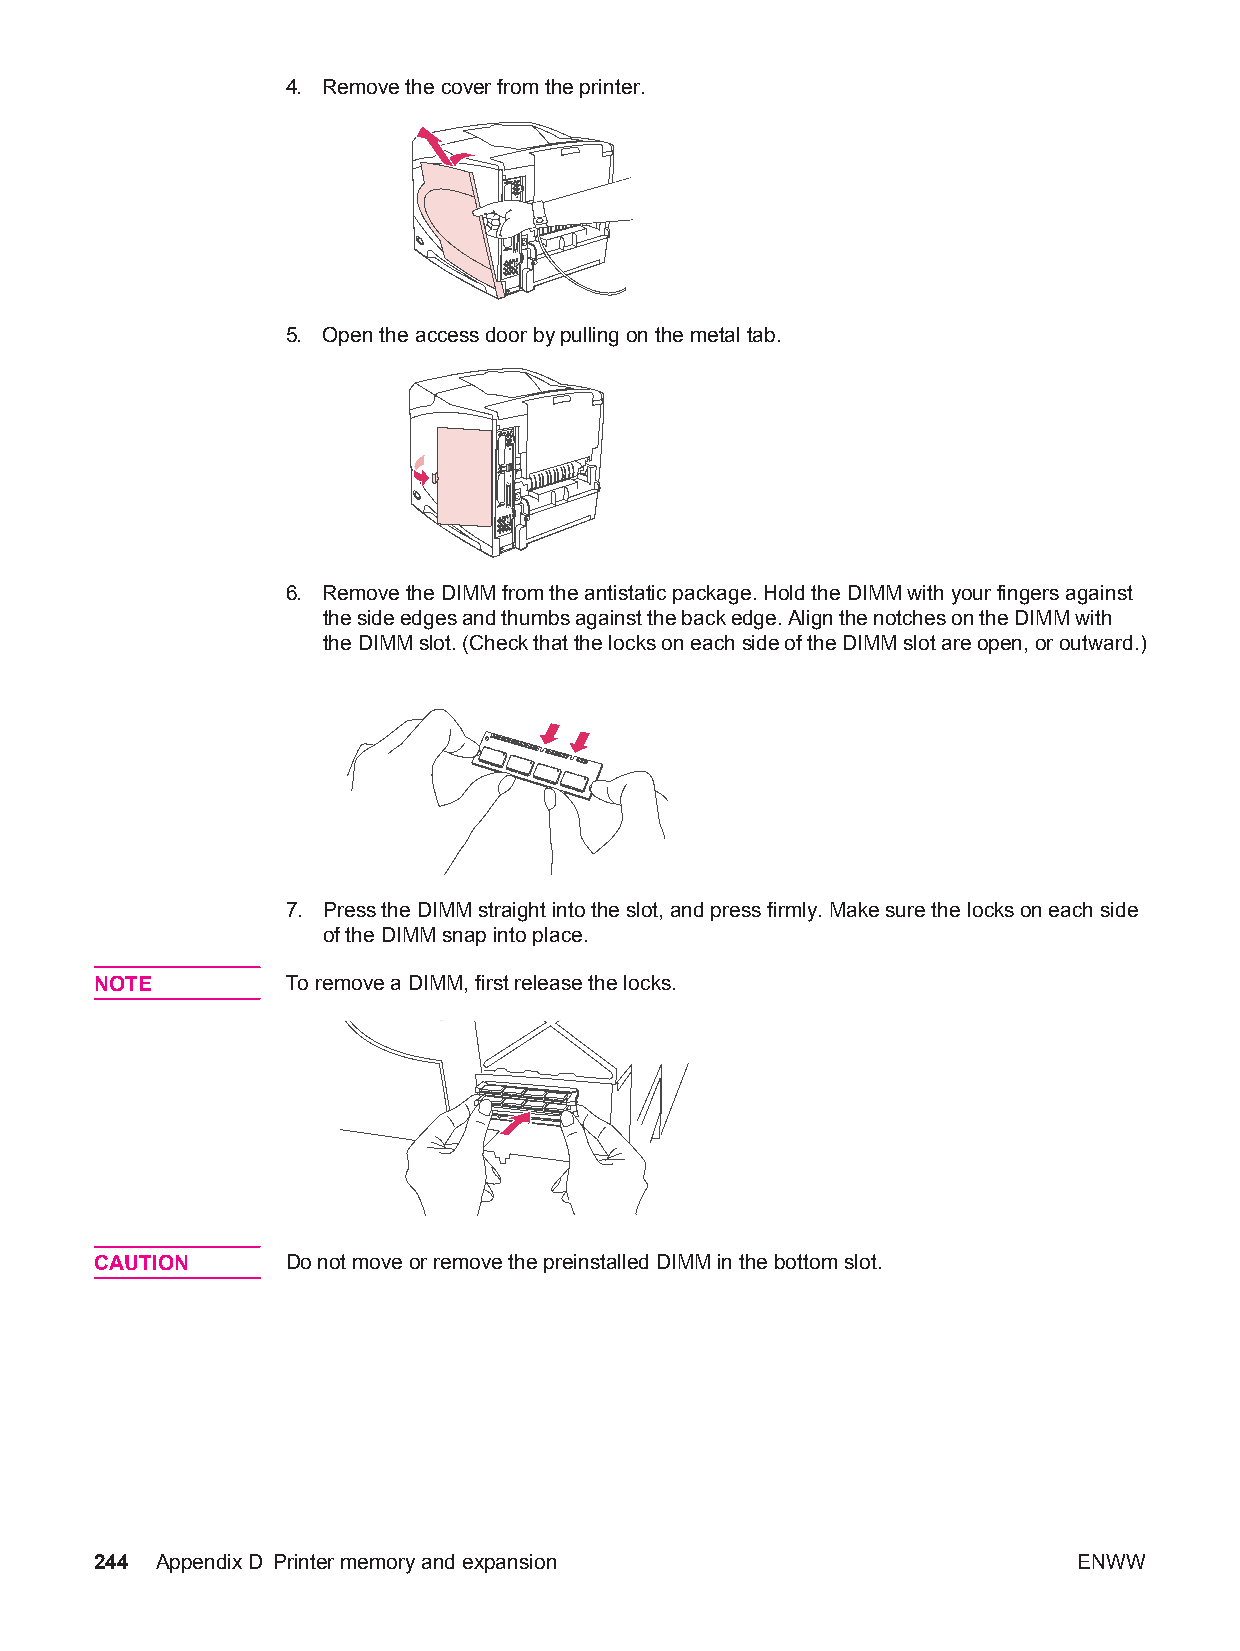
4. Remove the cover from the printer.
 5. Open the access door by pulling on the metal tab.
 6. Remove the DIMM from the antistatic package. Hold the DIMM with your fingers against
 the side edges and thumbs against the back edge. Align the notches on the DIMM with
 the DIMM slot. (Check that the locks on each side of the DIMM slot are open, or outward.)
 7. Press the DIMM straight into the slot, and press firmly. Make sure the locks on each side
 of the DIMM snap into place.
 NOTE         To remove a DIMM, first release the locks.
 CAUTION      Do not move or remove the preinstalled DIMM in the bottom slot.
 244 AppendixD Printer memory and expansion                       ENWW